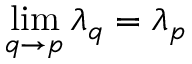
\operatorname* { l i m } _ { q \to p } \lambda _ { q } = \lambda _ { p }